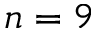
n = 9